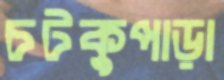
চটকুপাড়া